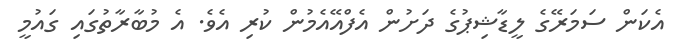
އެކަން ސަމަރޭގެ ލީޑާޝިޕުގެ ދަށުން އެފްއޭއެމުން ކުރި އެވެ. އެ މުބާރާތުގައި ގައުމީ